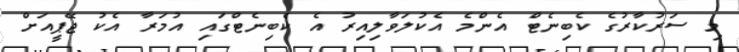
މި ސަރުކާރުގެ ކެބިނެޓް އެންމެ އެކުލަވާލިއިރު އެ ކެބިނެޓްގައި އުމަރާ އެކު ޖޭޕީއަށް